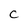
Character: C